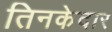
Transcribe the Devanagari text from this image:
तिनकेदार